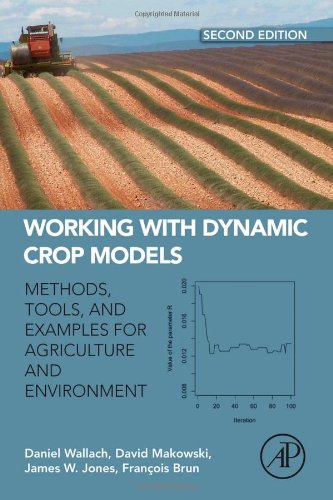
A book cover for Working with Dynamic Crop Models, Second Edition: Methods, Tools and Examples for Agriculture and Environment; Daniel Wallach; Science & Math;